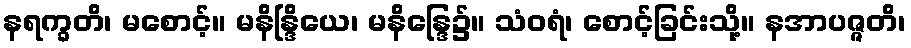
နရက္ခတိ၊ မစောင့်။ မနိန္ဒြိယေ၊ မနိန္ဒြေ၌။ သံဝရံ၊ စောင့်ခြင်းသို့။ နအာပဇ္ဇတိ၊